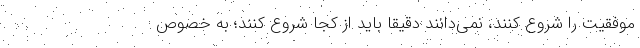
موفقیت را شروع کنند، نمی‌دانند دقیقا باید از کجا شروع کنند؛ به خصوص